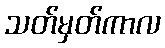
သတ်မှတ်ကာလ